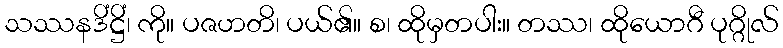
သဿနဒိံဋ္ဌိံ၊ ကို။ ပဇဟတိ၊ ပယ်၏။ စ၊ ထိုမှတပါး။ တဿ၊ ထိုယောဂီ ပုဂ္ဂိုလ်